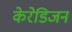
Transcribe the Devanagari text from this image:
केरेडिजन